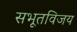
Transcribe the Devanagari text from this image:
सभूतविजय